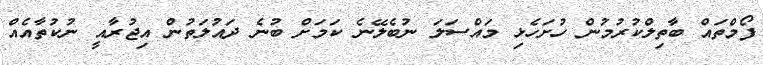
ފޯމްތައް ބާތިލްކުރުމުން ހުށަހެޅި މައްސަލަ ނުބެލޭނެ ކަމަށް ބުނެ ދައުލަތުން އިޖުރާއީ ނުކުތާއެއް